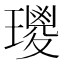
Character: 𤪀